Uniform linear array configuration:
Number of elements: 16
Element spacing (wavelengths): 0.75
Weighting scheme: exponential
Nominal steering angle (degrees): -60
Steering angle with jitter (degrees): -60.596
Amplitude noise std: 0.05
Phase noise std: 0.05

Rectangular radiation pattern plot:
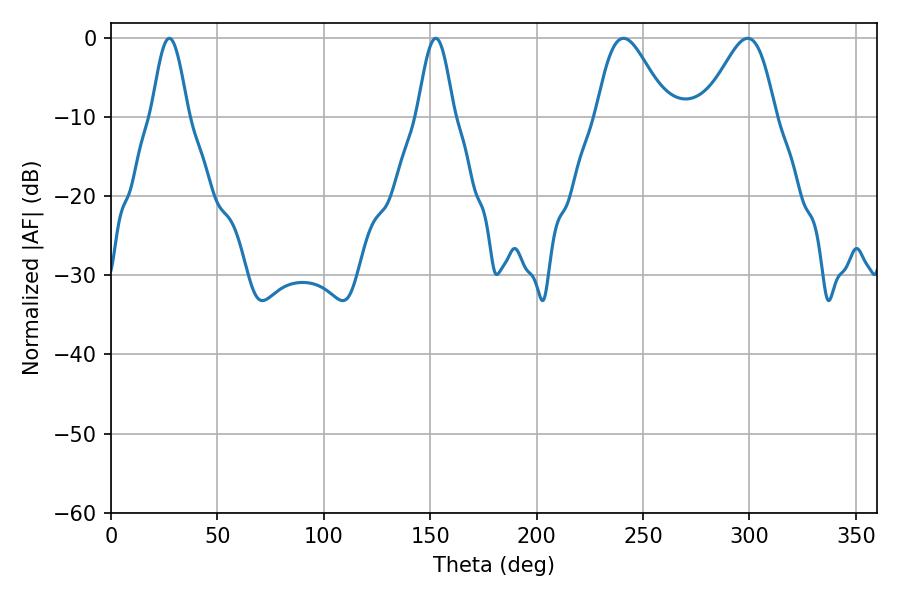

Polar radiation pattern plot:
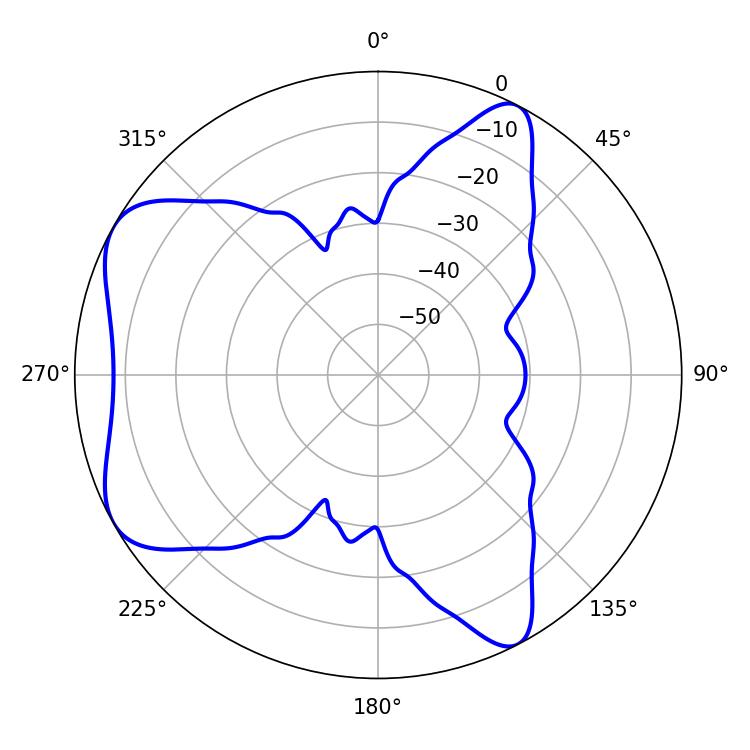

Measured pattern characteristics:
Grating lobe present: TRUE
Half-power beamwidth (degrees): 17.46
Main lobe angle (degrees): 240.84